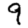
Digit: 9